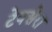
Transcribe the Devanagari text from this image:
टेक्सेरा